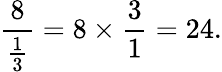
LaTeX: {\frac{8}{\frac{1}{3}}}=8\times{\frac{3}{1}}=24.